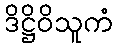
ဒိဋ္ဌိဝိသူကံ